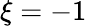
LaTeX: \xi=-1